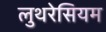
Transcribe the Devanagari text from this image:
लुथरेसियम